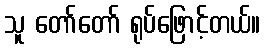
သူ တော်တော် ရုပ်ဖြောင့်တယ်။